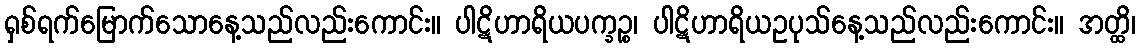
ရှစ်ရက်မြောက်သောနေ့သည်လည်းကောင်း။ ပါဋိဟာရိယပက္ခဉ္စ၊ ပါဋိဟာရိယဥပုသ်နေ့သည်လည်းကောင်း။ အတ္ထိ၊